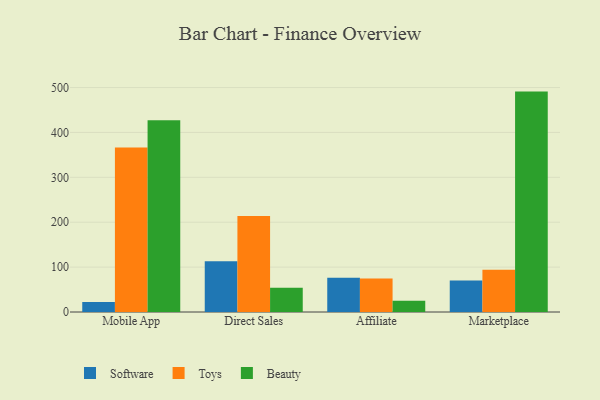
{"axis": {"x": "Channel", "y": "Demand Index"}, "legend": ["Beauty", "Software", "Toys"], "data": [{"x": "Mobile App", "y": 22.2, "type": "Software"}, {"x": "Mobile App", "y": 366.5, "type": "Toys"}, {"x": "Mobile App", "y": 427.3, "type": "Beauty"}, {"x": "Direct Sales", "y": 112.8, "type": "Software"}, {"x": "Direct Sales", "y": 214.1, "type": "Toys"}, {"x": "Direct Sales", "y": 53.8, "type": "Beauty"}, {"x": "Affiliate", "y": 76.1, "type": "Software"}, {"x": "Affiliate", "y": 74.9, "type": "Toys"}, {"x": "Affiliate", "y": 25.1, "type": "Beauty"}, {"x": "Marketplace", "y": 70.0, "type": "Software"}, {"x": "Marketplace", "y": 94.0, "type": "Toys"}, {"x": "Marketplace", "y": 491.0, "type": "Beauty"}]}